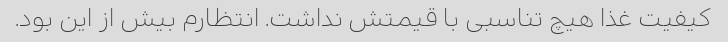
کیفیت غذا هیچ تناسبی با قیمتش نداشت. انتظارم بیش از این بود.